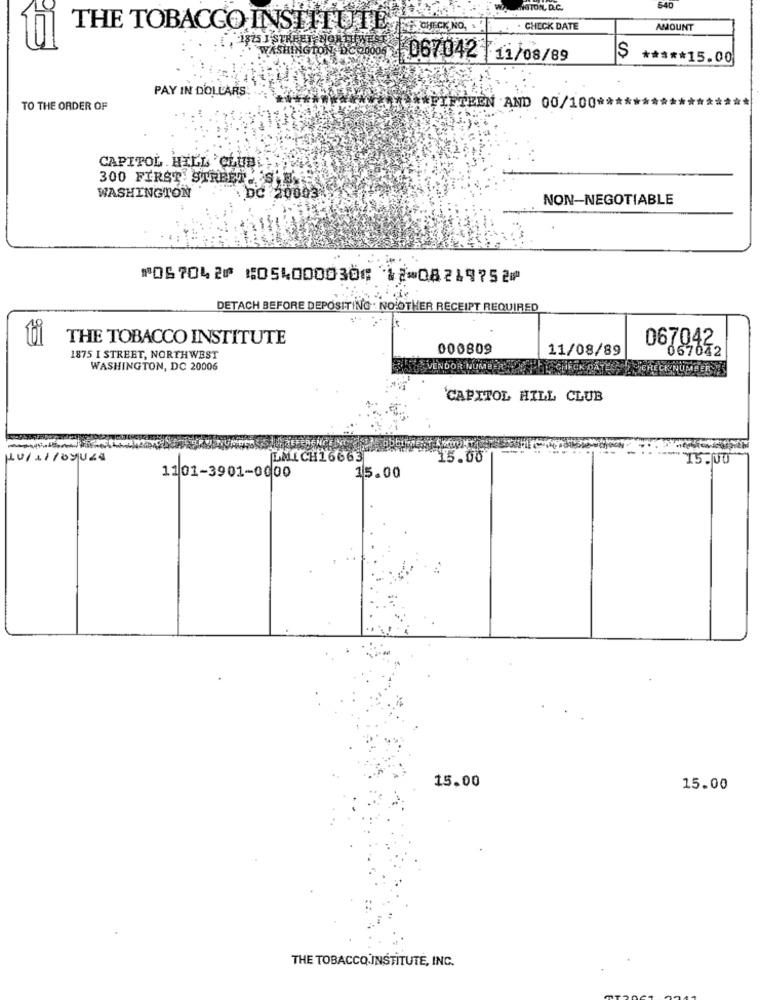
L.D.C
640
THE TOBACCO INSTITUTE THE CHECK NO ,.
CHECK DATE
AMOUNT
WASHINGTON DC60000
-067042 11/08/89
***** 15.00
PAY IN DOLLARS
TO THE ORDER OF
TEEN AND 00/100 **
CAPITOL HILL 'CLUB
300 FIRST STREET
WASHINGTON
:20003
NON-NEGOTIABLE
⑈067042⑈ ⑆054000030⑆ 12⑉08219752⑈
DETACH BEFORE DEPOSITING . NO OTHER RECEIPT REQUIRED
ti
THE TOBACCO INSTITUTE
000809
11/08/89
067042.
067042
1875 I STREET, NORTHWEST
WASHINGTON, DC 20006
VENDOR NOMEE
SNUMBER 25
CAPITOL HILL CLUB
REFERENCE
LMICH16663
15.00
15.00
1101-3901-0000
15.00
15.00
15.00
THE TOBACCO INSTITUTE, INC.